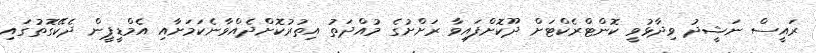
ރައީސް ނަޝީދު ވިދާޅުވީ ކޮންޓްރެކްޓަށް ދޫކޮށްފައިވާ ރަށްށުގެ މުއްދަތު އިތުރުކޮށްދެއްވާނެކަމަށާއި އެމްޑީޕީން ދެކޭގޮތުގައި